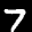
Label: 7